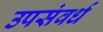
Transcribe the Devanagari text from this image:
उपसंवर्ध